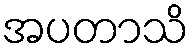
အပတာသိ